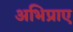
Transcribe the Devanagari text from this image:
अभिप्राए